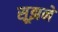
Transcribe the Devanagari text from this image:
सूझने